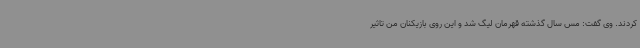
کردند. وی گفت: مس سال گذشته قهرمان لیگ شد و این روی بازیکنان من تاثیر